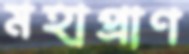
মহাপ্রাণ